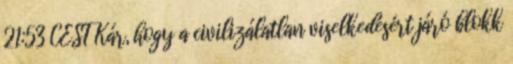
21:53 CEST Kár, hogy a civilizálatlan viselkedésért járó blokk